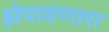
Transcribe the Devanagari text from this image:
झेपावणारा